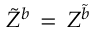
\tilde { Z } ^ { b } \, = \, Z ^ { \tilde { b } }